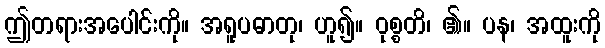
ဤတရားအပေါင်းကို။ အရူပဓာတု၊ ဟူ၍။ ဝုစ္စတိ၊ ၏။ ပန၊ အထူးကို